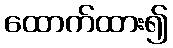
ထောက်ထား၍